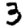
Digit: 3